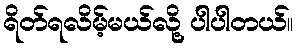
ရိတ်ရလိမ့်မယ်လို့ ပါပါတယ်။